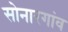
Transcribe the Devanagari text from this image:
सोनारगांव